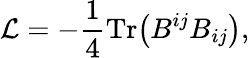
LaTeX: {\cal L}=-\frac{1}{4}\mathrm{Tr}\bigl(B^{ij}B_{ij}\bigr),